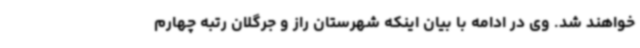
خواهند شد. وی در ادامه با بیان اینکه شهرستان راز و جرگلان رتبه چهارم